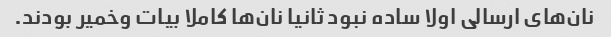
نان‌های ارسالی اولا ساده نبود ثانیا نان‌ها کاملا بیات وخمیر بودند.